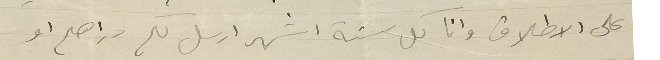
على الاطلاق وانا كل ستة اشهر ارسل لكم دراهم او